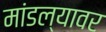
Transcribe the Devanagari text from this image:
मांडल्यावर